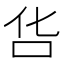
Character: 𠯒